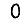
Digit: 0